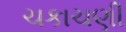
ચકાચણી